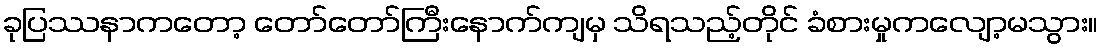
ခုပြဿနာကတော့ တော်တော်ကြီးနောက်ကျမှ သိရသည့်တိုင် ခံစားမှုကလျော့မသွား။